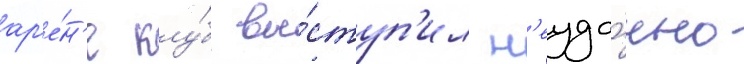
ар'е́н'е клу́б вы́ступ'ил н'еуда́чно